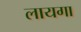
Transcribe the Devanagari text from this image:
लायगा